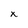
Character: x